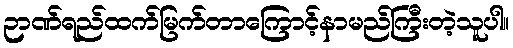
ဉာဏ်ရည်ထက်မြက်တာကြောင့်နာမည်ကြီးတဲ့သူပါ။